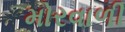
મોરવાળી